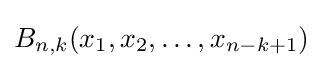
B_{n,k}(x_{1},x_{2},\dots ,x_{n-k+1})